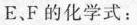
E、F的化学式：